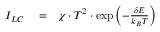
\begin{array} { r l r } { I _ { L C } } & { { } = } & { { \chi \cdot { T ^ { 2 } } \cdot \exp { \left( - { \frac { \delta E } { k _ { B } T } } \right) } } } \end{array}